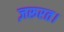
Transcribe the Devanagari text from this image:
ज़रूरत।